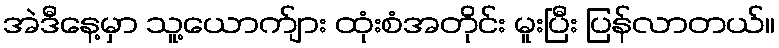
အဲဒီနေ့မှာ သူ့ယောက်ျား ထုံးစံအတိုင်း မူးပြီး ပြန်လာတယ်။